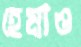
হেমাও